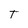
Character: T